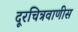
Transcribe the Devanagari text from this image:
दूरचित्रवाणीस